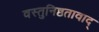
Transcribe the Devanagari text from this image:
वस्तुनिष्ठतावाद्